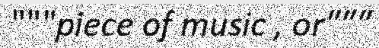
"""piece of music , or"""